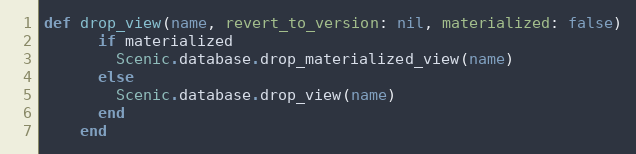
Language: Ruby
def drop_view(name, revert_to_version: nil, materialized: false)
      if materialized
        Scenic.database.drop_materialized_view(name)
      else
        Scenic.database.drop_view(name)
      end
    end